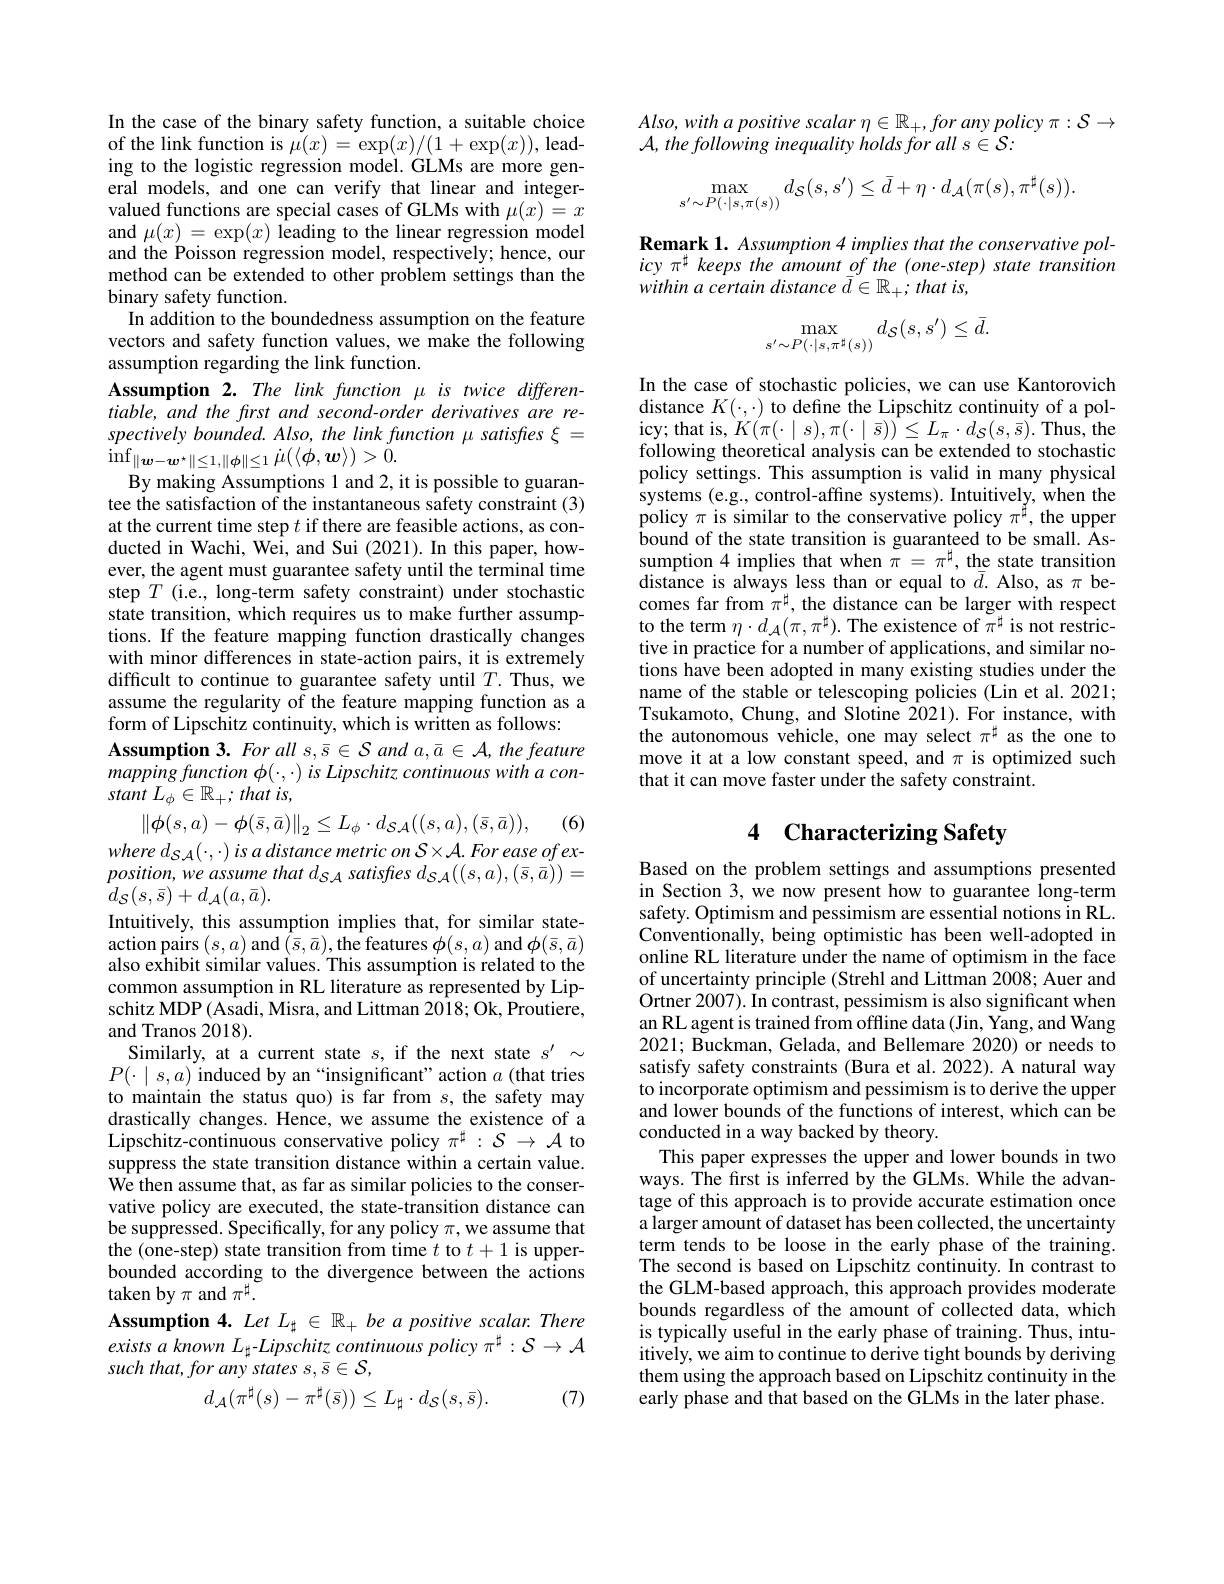
In the case of the binary safety function, a suitable choice of the link function is $\mu(x)=\exp(x)/(1+\exp(x))$, leading to the logistic regression model. GLMs are more general models, and one can verify that linear and integervalued functions are special cases of GLMs with $\mu(x)=x$ and $\mu(x)=\exp(x)$ leading to the linear regression model and the Poisson regression model, respectively; hence, our method can be extended to other problem settings than the binary safety function.
In addition to the boundedness assumption on the feature vectors and safety function values, we make the following assumption regarding the link function.
Assumption 2. The link function $\mu$ is twice differentiable, and the frst and second-order derivatives are re- $spectivelybounded.Also,thelinkfunction\mu satisfies\xi=$ $\operatorname*{inf}_{\|\boldsymbol{w}-\boldsymbol{w}^{\star}\|\leq1,\|\phi\|\leq1}\dot{\mu}(\langle\dot{\phi},\boldsymbol{w}\rangle)>\ddot{0}.$
By making Assumptions 1 and 2, it is possible to guarantee the satisfaction of the instantaneous safety constraint (3) at the current time step $t$ if there are feasible actions, as conducted in Wachi, Wei, and Sui (2021). In this paper, however, the agent must guarantee safety until the terminal time step $T$ (i.e., long-term safety constraint) under stochastic state transition, which requires us to make further assumptions. If the feature mapping function drastically changes with minor differences in state-action pairs, it is extremely difficult to continue to guarantee safety until $T.$ Thus, we assume the regularity of the feature mapping function as a form of Lipschitz continuity, which is written as follows:
$\mathbf{Assumption~3.~For~all~s,\bar{s}\in\mathcal{S}~and~a,\bar{a}\in\mathcal{A},~the~feature}$ mappingfunction $\phi ( \cdot , \cdot )$ $is$ Lipschitz continuous with $a$ $con-$ stant $L_{\phi }\in \mathbb{R} _{+ };$ that $is$,

(6)
$$\left\|\phi(s,a)-\phi(\bar{s},\bar{a})\right\|_{2}\leq L_{\phi}\cdot d_{\mathcal{SA}}((s,a),(\bar{s},\bar{a})),$$
where $d_{\mathcal{S} \mathcal{A} }( \cdot , \cdot )$ $is$ $a$ distance metric $on$ $S\times \mathcal{A} .$ For ease $of$ $ex-$ $position, weassumethatd_{SA}satisfres$ $d_{SA}( ( s, a) , ( \bar{s} , \bar{a} ) ) =$ $d_{\mathcal{S}}(s,\bar{s})+d_{\mathcal{A}}(a,\bar{a}).$
Intuitively, this assumption implies that, for similar state- ${\mathrm{action~pairs~}(s,a)\mathrm{~and~}}(\bar{s},\bar{a}),{\mathrm{the~features~}}\phi(s,a)$ and $\phi(\bar{s},\bar{a})$ also exhibit similar values. This assumption is related to the common assumption in RL literature as represented by Lipschitz MDP(Asadi, Misra, and Littman 2018; Ok, Proutiere, and Tranos 2018).
Similarly, at a current state $s$, if the next state $s^{\prime}\sim$ $P(\cdot\mid s,a)$ induced by an“insignificant”action $a$ (that tries to maintain the status quo) is far from $s$, the safety may drastically changes. Hence, we assume the existence of a Lipschitz-continuous conservative policy $\pi^\sharp:\mathcal{S}\to\mathcal{A}$ to suppress the state transition distance within a certain value. We then assume that, as far as similar policies to the conservative policy are executed, the state-transition distance can be suppressed. Specifically, for any policy $\pi$,we assume that the (one-step) state transition from time $t$ to $t+1$ is upperbounded according to the divergence between the actions taken by $\pi$ and $\pi^\sharp.$
Assumption 4. Let $L_{\sharp}\in\mathbb{R}_{+}$ be a positive scalar. There $exists\textit{ a known L}_{\sharp }- Lipschitz\textit{ continuous policy }\pi ^{\sharp }: \mathcal{S} \to \mathcal{A}$

such that, for any states s, { }s 5 ,
$$d_{\mathcal A}(\pi^{\sharp}(s)-\pi^{\sharp}(\bar{s}))\leq L_{\sharp}\cdot d_{\mathcal S}(s,\bar{s}).$$
(7)

$Also, witha\textit{ positive scalar }\eta \in \mathbb{R} _+ , for$ any policy $\pi:\mathcal{S}\to$
$\mathcal{A} , \textit{the following inequality holds for all s}\in \mathcal{S} :$
$$\max_{s'\sim P(\cdot|s,\pi(s))}d_{\mathcal{S}}(s,s')\leq\bar{d}+\eta\cdot d_{\mathcal{A}}(\pi(s),\pi^{\sharp}(s)).$$
Remark 1. Assumption 4 implies that the conservative policy $\pi^{\sharp}$ keeps the amount of the (one-step) state transition within a certain distance $\bar{d} \in \mathbb{R} _+ ; \textit{that is, }$
$$\max_{s'\sim P(\cdot|s,\pi^\sharp(s))}d_{\mathcal{S}}(s,s')\leq\bar{d}.$$
In the case of stochastic policies, we can use Kantorovich distance $K(\cdot,\cdot)$ to define the Lipschitz continuity of a policy; that is, $K(\pi(\cdot\mid s),\pi(\cdot\mid\bar{s}))\leq L_{\pi}\cdot d_{\mathcal{S}}(s,\bar{s}).$ Thus, the following theoretical analysis can be extended to stochastic policy settings. This assumption is valid in many physical systems (e.g., control-affine systems). Intuitively, when the policy $\pi$ is similar to the conservative policy $\pi^{\tilde{H}}$, the upper bound of the state transition is guaranteed to be small. Assumption 4 implies that when $\tilde{\pi}=\pi^\sharp$, the state transition $\hat{\text{distance is always less than or equal to }\bar{d}}.$Also, as $\pi$ becomes far from $\pi^\sharp$, the distance can be larger with respect to the term $\eta\cdot d_{\mathcal{A}}(\pi,\pi^{\sharp}).$ The existence of $\pi^{\sharp}$ is not restrictive in practice for a number of applications, and similar notions have been adopted in many existing studies under the name of the stable or telescoping policies (Lin et al.2021; Tsukamoto, Chung, and Slotine 2021). For instance, with the autonomous vehicle, one may select $\pi^{\sharp}$ as the one to move it at a low constant speed, and $\pi$ is optimized such that it can move faster under the safety constraint.

# 4 Characterizing Safety

Based on the problem settings and assumptions presented in Section 3, we now present how to guarantee long-term safety. Optimism and pessimism are essential notions in RL. Conventionally, being optimistic has been well-adopted in online RL literature under the name of optimism in the face of uncertainty principle (Strehl and Littman 2008; Auer and Ortner 2007). In contrast, pessimism is also significant when an RL agent is trained from offline data (Jin, Yang, and Wang 2021; Buckman, Gelada, and Bellemare 2020) or needs to satisfy safety constraints (Bura et al. 2022).A natural way to incorporate optimism and pessimism is to derive the upper and lower bounds of the functions of interest, which can be conducted in a way backed by theory.
This paper expresses the upper and lower bounds in two ways. The first is inferred by the GLMs. While the advantage of this approach is to provide accurate estimation once a larger amount of dataset has been collected, the uncertainty term tends to be loose in the early phase of the training. The second is based on Lipschitz continuity. In contrast to the GLM-based approach, this approach provides moderate bounds regardless of the amount of collected data, which is typically useful in the early phase of training. Thus, intuitively, we aim to continue to derive tight bounds by deriving them using the approach based on Lipschitz continuity in the early phase and that based on the GLMs in the later phase.